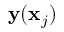
{ \bf y } ( { \bf x } _ { j } )